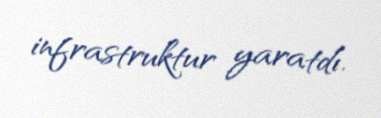
infrastruktur yaratdı.